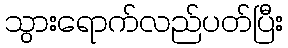
သွားရောက်လည်ပတ်ပြီး